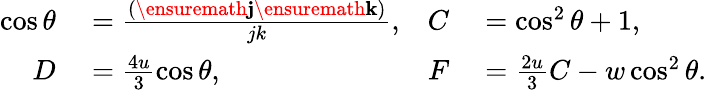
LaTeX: \begin{array}{rlrl}{\cos\theta}&{{}=\frac{(\ensuremath{\mathbf{j}}\ensuremath{\mathbf{k}})}{jk},}&{C}&{{}=\cos^{2}\theta+1,}\\ {D}&{{}=\frac{4u}{3}\cos\theta,}&{F}&{{}=\frac{2u}{3}C-w\cos^{2}\theta.}\end{array}